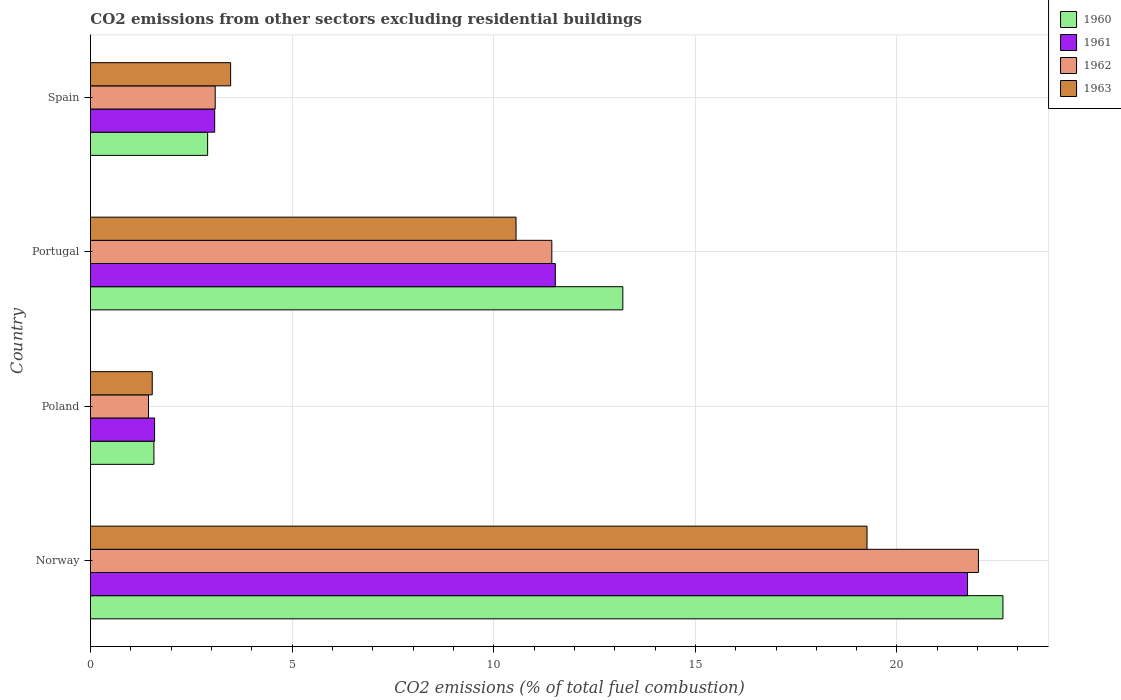
| Country | 1960 | 1961 | 1962 | 1963 |
 | --- | --- | --- | --- | --- |
 | Norway | 22.6 | 21.7 | 22 | 19.3 |
 | Poland | 1.57 | 1.59 | 1.44 | 1.53 |
 | Portugal | 13.2 | 11.5 | 11.4 | 10.6 |
 | Spain | 2.91 | 3.08 | 3.09 | 3.48 |